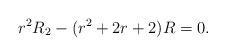
LaTeX: \begin{align*}r^{2}R_{2}-(r^{2}+2r+2)R=0.\end{align*}